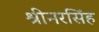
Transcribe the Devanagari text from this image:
श्रीनरसिंह